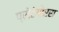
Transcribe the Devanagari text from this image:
प्रोटेगोरस